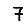
Digit: 7